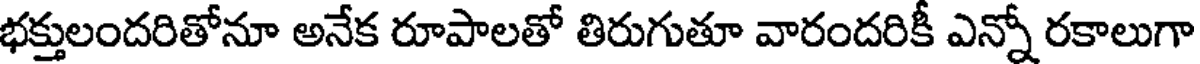
భక్తులందరితోనూ అనేక రూపాలతో తిరుగుతూ వారందరికీ ఎన్నో రకాలుగా